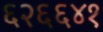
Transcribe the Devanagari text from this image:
६२६६४१